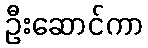
ဦးဆောင်ကာ